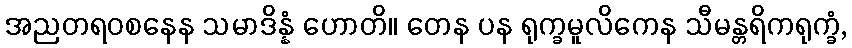
အညတရဝစနေန သမာဒိန္နံ ဟောတိ။ တေန ပန ရုက္ခမူလိကေန သီမန္တရိကရုက္ခံ,